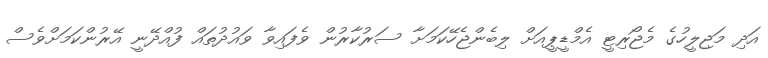
އަދި މަޖިލީހުގެ މެޖޯރިޓީ އެމްޑީޕީއަށް ލިބެންޖެހޭކަމަށާ ސަރުކާރުން ވެފައިވާ ވައުދުތައް ފުއްދޭނީ އޭރުންކަމަށްވެސް